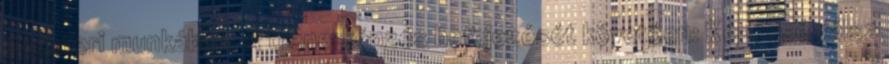
a tréneri munkában. A trénerképzés befejezését követően: Képessé válsz